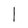
Character: l